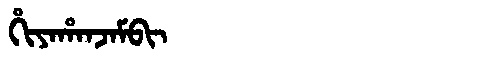
Manchu: ᡥᡳᠶᠠᡥᠠᠨᠵᠠᠮᠪᡳ
Romanization: HIYAHANJAMBI